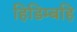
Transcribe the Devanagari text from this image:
हिडिम्बहि